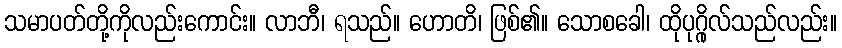
သမာပတ်တို့ကိုလည်းကောင်း။ လာဘီ၊ ရသည်။ ဟောတိ၊ ဖြစ်၏။ သောစခေါ၊ ထိုပုဂ္ဂိုလ်သည်လည်း။